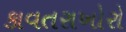
કાવતરાખોરો